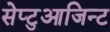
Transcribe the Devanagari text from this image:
सेप्टुआजिन्ट